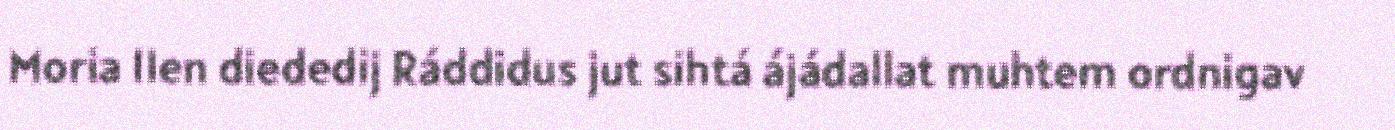
Moria IIen diededij Ráddidus jut sihtá ájádallat muhtem ordnigav